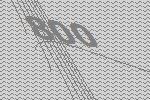
800